Indian Medical Review
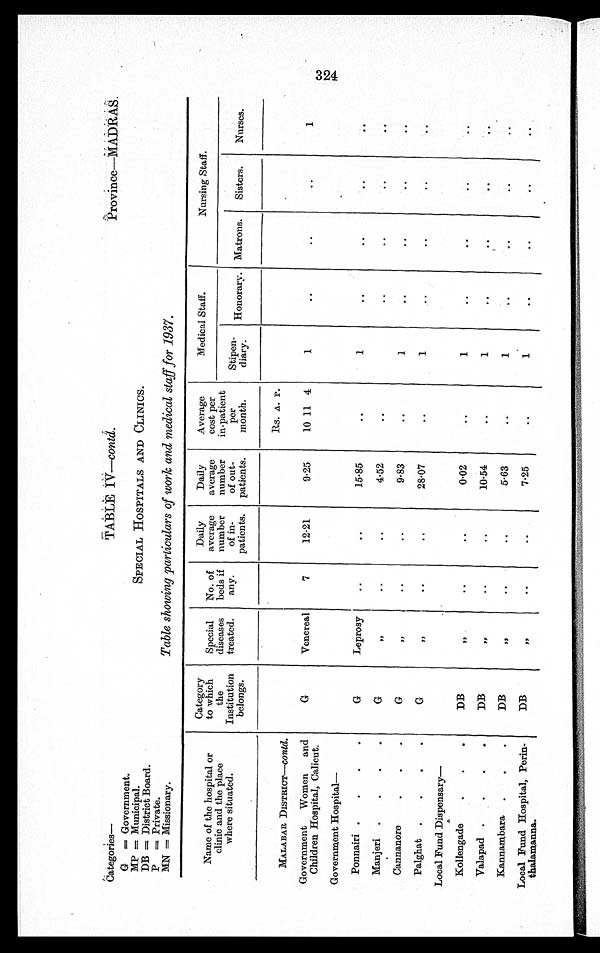
Categories—
TABlE IV—contd.
Province—MADRAS.
G = Government.
MP = Municipal.
DB = District Board.
SPECIAL HOSPITALS AND CLINICS.
P = Private.
MN = Missionary.
Table showing particulars of work and medical staff for 1937.
Name of the hospital or
clinic and the place
where situated.
Category
to which
the
Institution
belongs.
Special
diseases
treated.
No. of
beds if
any.
Daily
average
number
of in-
patients.
Daily
average
number
of out-
patients.
Average
cost per
in-patient
per
month.
Medical Staff.
Nursing Staff.
Stipen-
diary.
Honorary. Matrons.
Sisters.
Nurses.
R s .
A.
P .
MALABAR DISTRICT—contd.
Government Women and
Children Hospital, Calicut.
G
Venereal
7
12.21
9 · 2 5
10 11 4
1
..
..
..
1
Government Hospital
—
Ponnairi
G
Leprosy
. . ..
15·85
..
1
..
..
..
. .
Manjeri
G
,,
..
..
4·52
..
..
..
..
..
Cannanore
G
„
..
..
9·83
..
1
..
..
..
..
Palghat
G
,,
..
..
28·07
..
1
. .
..
..
..
Local Fund Dispensary—
Kollengade
DB
„
..
..
0·02
..
1
..
..
..
..
Valapad
DB
„
..
..
10·54
..
1
..
. .
. .
. .
Kannambara
DB
„
..
..
5·63
..
1
. .
. . ..
..
Local Fund Hospital, Perin-
thalamanna.
DB
„
..
..
7·25
..
1
. .
. .
. . ..